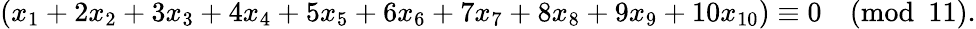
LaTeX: (x_{1}+2x_{2}+3x_{3}+4x_{4}+5x_{5}+6x_{6}+7x_{7}+8x_{8}+9x_{9}+10x_{10})\equiv 0{\pmod{11}}.